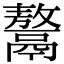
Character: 𩱏